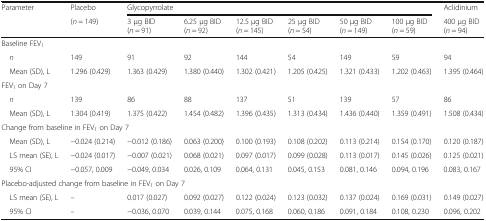
<table><thead><tr><td><b>Parameter</b></td><td><b>Placebo</b></td><td colspan="6"><b>Glycopyrrolate</b></td><td><b>Aclidinium</b></td></tr><tr><td></td><td><b>(<i>n</i> = 149)</b></td><td><b>3 μg BID(<i>n</i> = 91)</b></td><td><b>6.25 μg BID(<i>n</i> = 92)</b></td><td><b>12.5 μg BID(<i>n</i> = 145)</b></td><td><b>25 μg BID(<i>n</i> = 54)</b></td><td><b>50 μg BID(<i>n</i> = 149)</b></td><td><b>100 μg BID(<i>n</i> = 59)</b></td><td><b>400 μg BID(<i>n</i> = 94)</b></td></tr></thead><tbody><tr><td colspan="9">Baseline FEV<sub>1</sub></td></tr><tr><td> <i>n</i></td><td>149</td><td>91</td><td>92</td><td>144</td><td>54</td><td>149</td><td>59</td><td>94</td></tr><tr><td> Mean (SD), L</td><td>1.296 (0.429)</td><td>1.363 (0.429)</td><td>1.380 (0.440)</td><td>1.302 (0.421)</td><td>1.205 (0.425)</td><td>1.321 (0.433)</td><td>1.202 (0.463)</td><td>1.395 (0.464)</td></tr><tr><td colspan="9">FEV<sub>1</sub> on Day 7</td></tr><tr><td> <i>n</i></td><td>139</td><td>86</td><td>88</td><td>137</td><td>51</td><td>139</td><td>57</td><td>86</td></tr><tr><td> Mean (SD), L</td><td>1.304 (0.419)</td><td>1.375 (0.422)</td><td>1.454 (0.482)</td><td>1.396 (0.435)</td><td>1.313 (0.434)</td><td>1.436 (0.440)</td><td>1.359 (0.491)</td><td>1.508 (0.434)</td></tr><tr><td colspan="9">Change from baseline in FEV<sub>1</sub> on Day 7</td></tr><tr><td> Mean (SD), L</td><td>−0.024 (0.214)</td><td>−0.012 (0.186)</td><td>0.063 (0.200)</td><td>0.100 (0.193)</td><td>0.108 (0.202)</td><td>0.113 (0.214)</td><td>0.154 (0.170)</td><td>0.120 (0.187)</td></tr><tr><td> LS mean (SE), L</td><td>−0.024 (0.017)</td><td>−0.007 (0.021)</td><td>0.068 (0.021)</td><td>0.097 (0.017)</td><td>0.099 (0.028)</td><td>0.113 (0.017)</td><td>0.145 (0.026)</td><td>0.125 (0.021)</td></tr><tr><td> 95% CI</td><td>−0.057, 0.009</td><td>−0.049, 0.034</td><td>0.026, 0.109</td><td>0.064, 0.131</td><td>0.045, 0.153</td><td>0.081, 0.146</td><td>0.094, 0.196</td><td>0.083, 0.167</td></tr><tr><td colspan="9">Placebo-adjusted change from baseline in FEV<sub>1</sub> on Day 7</td></tr><tr><td> LS mean (SE), L</td><td>–</td><td>0.017 (0.027)</td><td>0.092 (0.027)</td><td>0.122 (0.024)</td><td>0.123 (0.032)</td><td>0.137 (0.024)</td><td>0.169 (0.031)</td><td>0.149 (0.027)</td></tr><tr><td> 95% CI</td><td>–</td><td>−0.036, 0.070</td><td>0.039, 0.144</td><td>0.075, 0.168</td><td>0.060, 0.186</td><td>0.091, 0.184</td><td>0.108, 0.230</td><td>0.096, 0.202</td></tr></tbody></table>